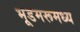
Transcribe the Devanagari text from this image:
भूडमरूमध्य